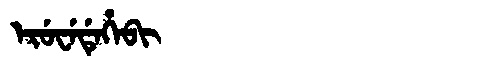
Manchu: ᡝᡵᡠᠸᡝᡩᡝᡥᡝᠪᡳ
Romanization: ERUWEDEHEBI